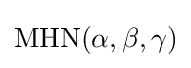
{\text{MHN}}(\alpha ,\beta ,\gamma )